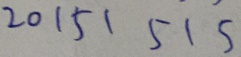
2 0 1 5 1 5 1 5